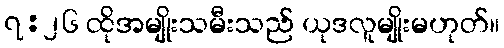
၇:၂၆ ထိုအမျိုးသမီးသည် ယုဒလူမျိုးမဟုတ်။